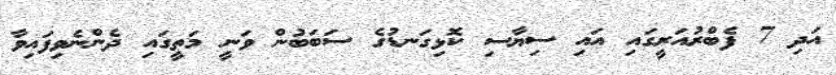
އަދި 7 ފެބްރުއަރީގައި އައި ސިޔާސި ކޮޅިގަނޑުގެ ސަބަބުން ވަނީ މަތީގައި ދެންނެވިފައިވާ